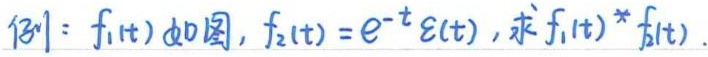
$131: f_1(t)如图, f_2(t)=e^{-t}\varepsilon(t), 求f_1(t)*f_2(t).$